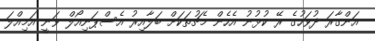
އަންގާރަ ދުވަހުގެ ރޭ ކުޅުނު އެހެން މެޗުތަކަށް ބަލާއިރު އެސްޕަނިއޯލް ވަނީ އަމިއްލަ